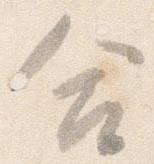
合